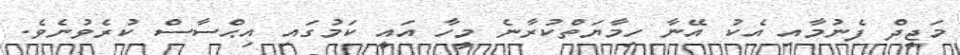
މަޖީދް ފެނުމާއި އެކު އޭނާ ހިމާޔަތްކުރާނެ މީހާ އައީ ކަމުގައި އިޙްސާސް ކުރެވުނެވެ.